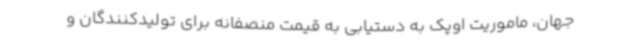
جهان، ماموریت اوپک به دستیابی به قیمت منصفانه برای تولیدکنندگان و